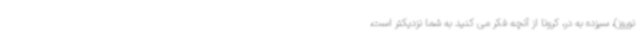
نوروز)، سیزده به در، کرونا از آنچه فکر می کنید به شما نزدیکتر است،